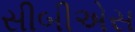
સીબીએસ